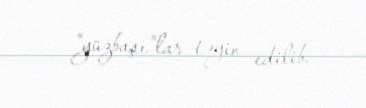
“yüzbaşı”lar təyin edilib.